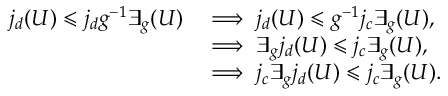
\begin{array} { r l } { j _ { d } ( U ) \leqslant j _ { d } g ^ { - 1 } \exists _ { g } ( U ) } & { \implies j _ { d } ( U ) \leqslant g ^ { - 1 } j _ { c } \exists _ { g } ( U ) , } \\ & { \implies \exists _ { g } j _ { d } ( U ) \leqslant j _ { c } \exists _ { g } ( U ) , } \\ & { \implies j _ { c } \exists _ { g } j _ { d } ( U ) \leqslant j _ { c } \exists _ { g } ( U ) . } \end{array}